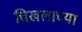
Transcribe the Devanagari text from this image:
चिखलाच्या